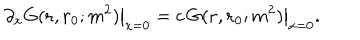
\left. \partial _ { x } G ( { \bf r } , { \bf r } _ { 0 } ; m ^ { 2 } ) \right| _ { x = 0 } = \left. c \, G ( { \bf r } , { \bf r } _ { 0 } ; m ^ { 2 } ) \right| _ { x = 0 } .